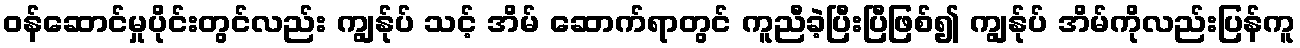
ဝန်ဆောင်မှုပိုင်းတွင်လည်း ကျွန်ုပ် သင့် အိမ် ဆောက်ရာတွင် ကူညီခဲ့ပြီးပြီဖြစ်၍ ကျွန်ုပ် အိမ်ကိုလည်းပြန်ကူ